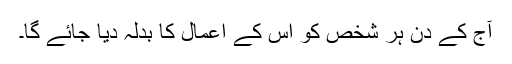
آج کے دن ہر شخص کو اس کے اعمال کا بدلہ دیا جائے گا۔